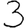
Digit: 3